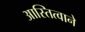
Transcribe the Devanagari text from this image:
आस्तित्वाने